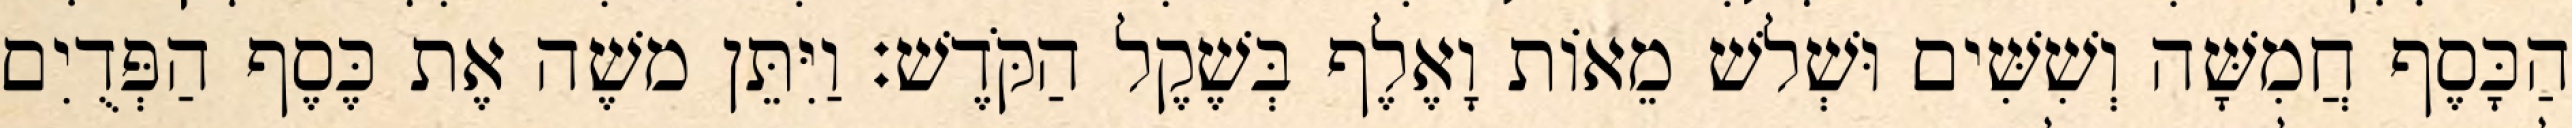
הַכָּסֶף חֲמִשָּׁה וְשִׁשִּׁים וּשְׁלשׁ מֵאוֹת וָאֶלֶף בְּשֶׁקֶל הַקֹּדֶשׁ׃ וַיִּתֵּן משֶׁה אֶת כֶּסֶף הַפְּדֻיִם